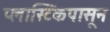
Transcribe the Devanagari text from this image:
प्लास्टिकपासून